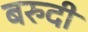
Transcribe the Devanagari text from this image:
बरुदी